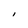
Character: l